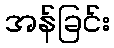
အန်ခြင်း